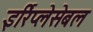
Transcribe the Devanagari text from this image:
इर्रिप्लेसेबल